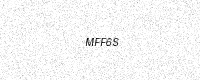
Text: MFF6S